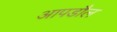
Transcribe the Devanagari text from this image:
आपडौल